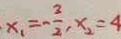
x _ { 1 } = - \frac { 3 } { 2 } , x _ { 2 } = 4